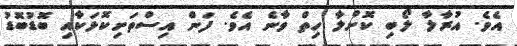
އެވެ. އުރާލާ ލޯބި ކޮށްލާ ހިތް ވާނެ އެވެ. ފަން އިސްތަށިކޮޅަކާއި ބޮޑުބޮޑު